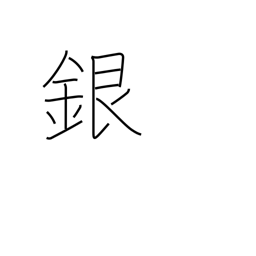
Meaning: silver